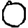
Digit: 0